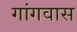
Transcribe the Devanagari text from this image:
गांगवास